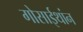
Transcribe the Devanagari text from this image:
गोसाईथांन